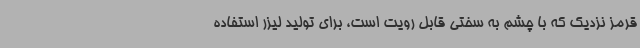
قرمز نزدیک که با چشم به سختی قابل رویت است، برای تولید لیزر استفاده